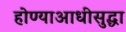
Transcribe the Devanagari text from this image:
होण्याआधीसुद्धा